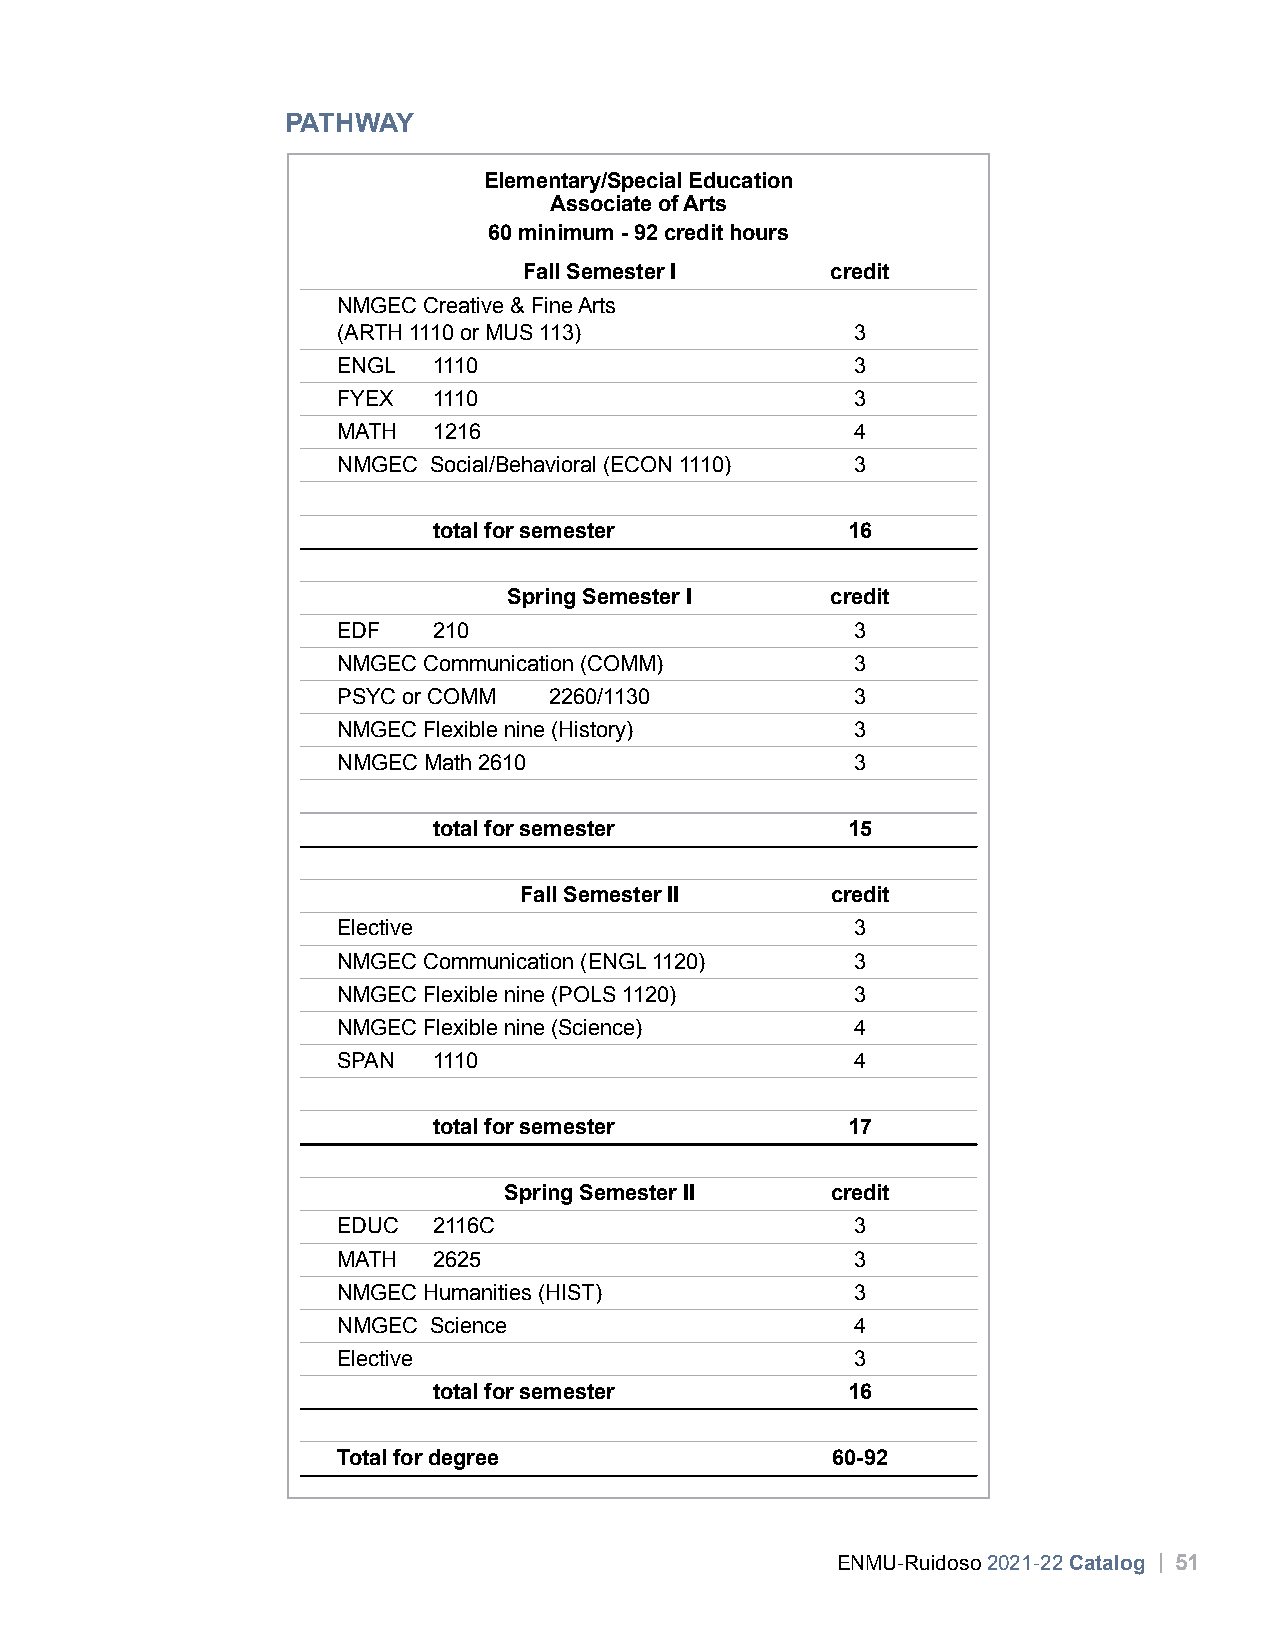
PATHWAY
 Elementary/Special Education
 Associate of Arts
 60 minimum - 92 credit hours
 Fall Semester I     credit
 NMGEC Creative & Fine Arts
 (ARTH 1110 or MUS 113)             3
 ENGL   1110                        3
 FYEX   1110                        3
 MATH   1216                        4
 NMGEC Social/Behavioral (ECON 1110) 3
 total for semester         16
 Spring Semester I    credit
 EDF    210                         3
 NMGEC Communication (COMM)         3
 PSYC or COMM  2260/1130            3
 NMGEC Flexible nine (History)      3
 NMGEC Math 2610                    3
 total for semester         15
 Fall Semester II     credit
 Elective                           3
 NMGEC Communication (ENGL 1120)    3
 NMGEC Flexible nine (POLS 1120)    3
 NMGEC Flexible nine (Science)      4
 SPAN   1110                        4
 total for semester         17
 Spring Semester II    credit
 EDUC   2116C                       3
 MATH   2625                        3
 NMGEC Humanities (HIST)            3
 NMGEC Science                      4
 Elective                           3
 total for semester         16
 Total for degree                 60-92
 ENMU-Ruidoso 2021-22 Catalog | 51